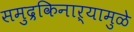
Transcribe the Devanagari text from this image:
समुद्रकिनाऱ्यामुळे